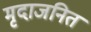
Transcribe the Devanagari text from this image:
मृदाजनित